Report on the Civil Veterinary Department, Eastern Bengal and Assam - 1907-1911
Year: 1907
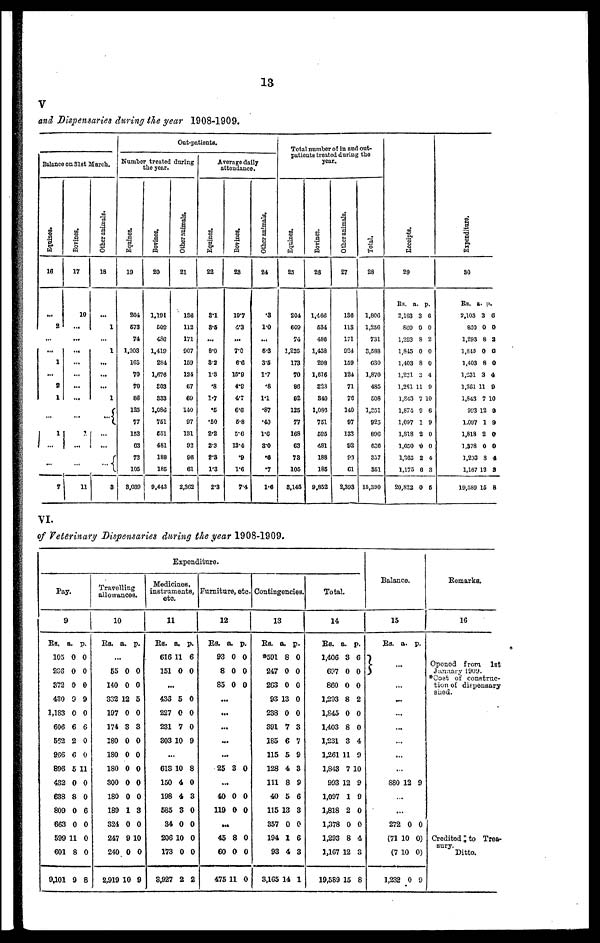
13
V
and Dispensaries during the year 1908-1909.
Balance on 31st March.
Equines.
16
...
2
...
...
1
...
2
1
…
…
1
...
…
…
7
Bovines.
17
10
...
...
...
…
…
...
...
…
…
...
...
…
…
11
Other animals.
18
...
1
…
1
...
...
...
1
…
...
...
...
…
...
3
Out-patients.
Number treated during
the year.
Equines.
19
204
673
74
1,203
163
70
70
80
125
77
153
63
73
105
3,039
Bovines.
20
1,191
509
430
1,419
284
1,676
803
833
1,080
761
651
481
188
185
9,443
Other animals.
21
186
112
171
907
159
124
67
69
140
97
131
92
96
61
2,362
Average daily
attendance.
Equines.
22
3.1
3.5
...
8.0
3.2
1.3
.8
1.7
.6
.50
2.2
2.3
2.3
1.3
2.3
Bovines.
23
10.7
6.3
...
7.0
6.6
15.8
4.9
4.7
6.0
6.8
5.0
13.4
.9
1.6
7.4
Other animals.
24
.3
10
...
6.3
35
1.7
.8
1.1
.87
.40
1.0
3.0
.6
.7
1.6
Total number of in and out-
patients treated during the
year.
Equines.
25
20.4
600
74
1,226
173
70
80
02
125
77
168
63
78
105
3,145
Bovines.
26
1,466
634
488
1,438
208
1,676
823
340
1,088
761
585
481
188
185
9,852
Other animals.
27
136
118
171
924
159
124
71
70
140
97
133
92
93
61
2,393
Total.
28
1,806
1,256
731
8,588
030
1,870
485
508
1,851
923
896
600
337
861
15,300
Recei pt s .
29
Rs. a. p.
2,103 3 6
800 0 0
1.293 8 2
1,8.15 0 0
1,403 8 0
1,231
3 4
1,251 11 9
1,843 7 10
1,87.1 9 0
1,097 1 9
1,818 2 0
1,050 0 0
1,665 2 4
1,175 6 8
20,322 0 5
Expenditure.
30
Rs. a. p.
2,103 3 0
860 0 0
1,293 8 2
l,815 0 0
1,403 8 0
1,231 3 4
1,261 11 9
1,843 7 10
993 12 0
1,097 1 9
1,818 2 0
1,378 0 0
1,233 8 4
1,107 13 3
19,589 15 8
VI.
of Veterinary Dispensaries during the year 1908-1909.
Expenditure.
Pay.
9
Rs. a. p.
105 0 0
206 0 0
372 0 0
430 9 9
1,183 0 0
606 6 6
562 2 0
966 6 0
896 5 11
432 0 0
638 8 0
809 0 6
663 0 0
599 11 0
601 8 0
9,101 9 8
Travelling
allowances.
10
Rs. a. p.
…
55 0 0
140 0 0
332 12 5
197 0 0
174 3 3
180 0 0
180 0 0
180 0 0
300 0 0
180 0 0
189 1 8
324 0 0
247 9 10
240 0 0
2,919 10 9
Mediciaes,
instruments,
etc.
11
RS. a. p.
616 11 6
151 0 0
...
433 5 0
227 0 0
231 7 0
303 10 9
...
613 10 8
150 4 0
198 4 3
585 3 0
34 0 0
206 10 0
173 0 0
8,927 2 2
Furniture, etc.
12
Rs. a. p.
93 0 0
8 0 0
85 0 0
...
...
...
...
...
25 3 0
...
40 0 0
119 0 0
...
45 8 0
60 0 0
475 11 0
Contingencies.
13
Rs. a. p.
*591 8 0
247 0 0
263 0 0
93 13 0
238 0 0
391 7 3
185 6 7
115 5 9
128 4 3
111 8 9
40 5 6
115 13 3
357 0 0
194 1 6
93 4 3
3,165 14 1
Total.
14
Rs. a. p.
1,406 3 6
607 0 0
860 0 0
1,293 8 2
1,845 0 0
1,403 8 0
1,231 3 4
1,261 11 9
1,843 7 10
993 12 9
1,097 1 9
1,818 2 0
1,378 0 0
1,293 8 4
1,167 12 3
19,589 15 8
Balance.
15
Rs. a. p.
...
...
...
...
...
880 12 9
...
272 0 0
(71 10 0)
(7 10 0)
1,232 0 9
Remarks.
16
Opened from
1st
Janvary 1909.
*Cost of construc-
tion of dispensary
shed.
Credited to Trea-
sury.
Ditto.